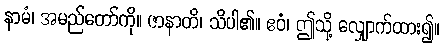
နာမံ၊ အမည်တော်ကို။ ဇာနာတိ၊ သိပါ၏။ ဧဝံ၊ ဤသို့ လျှောက်ထား၍။